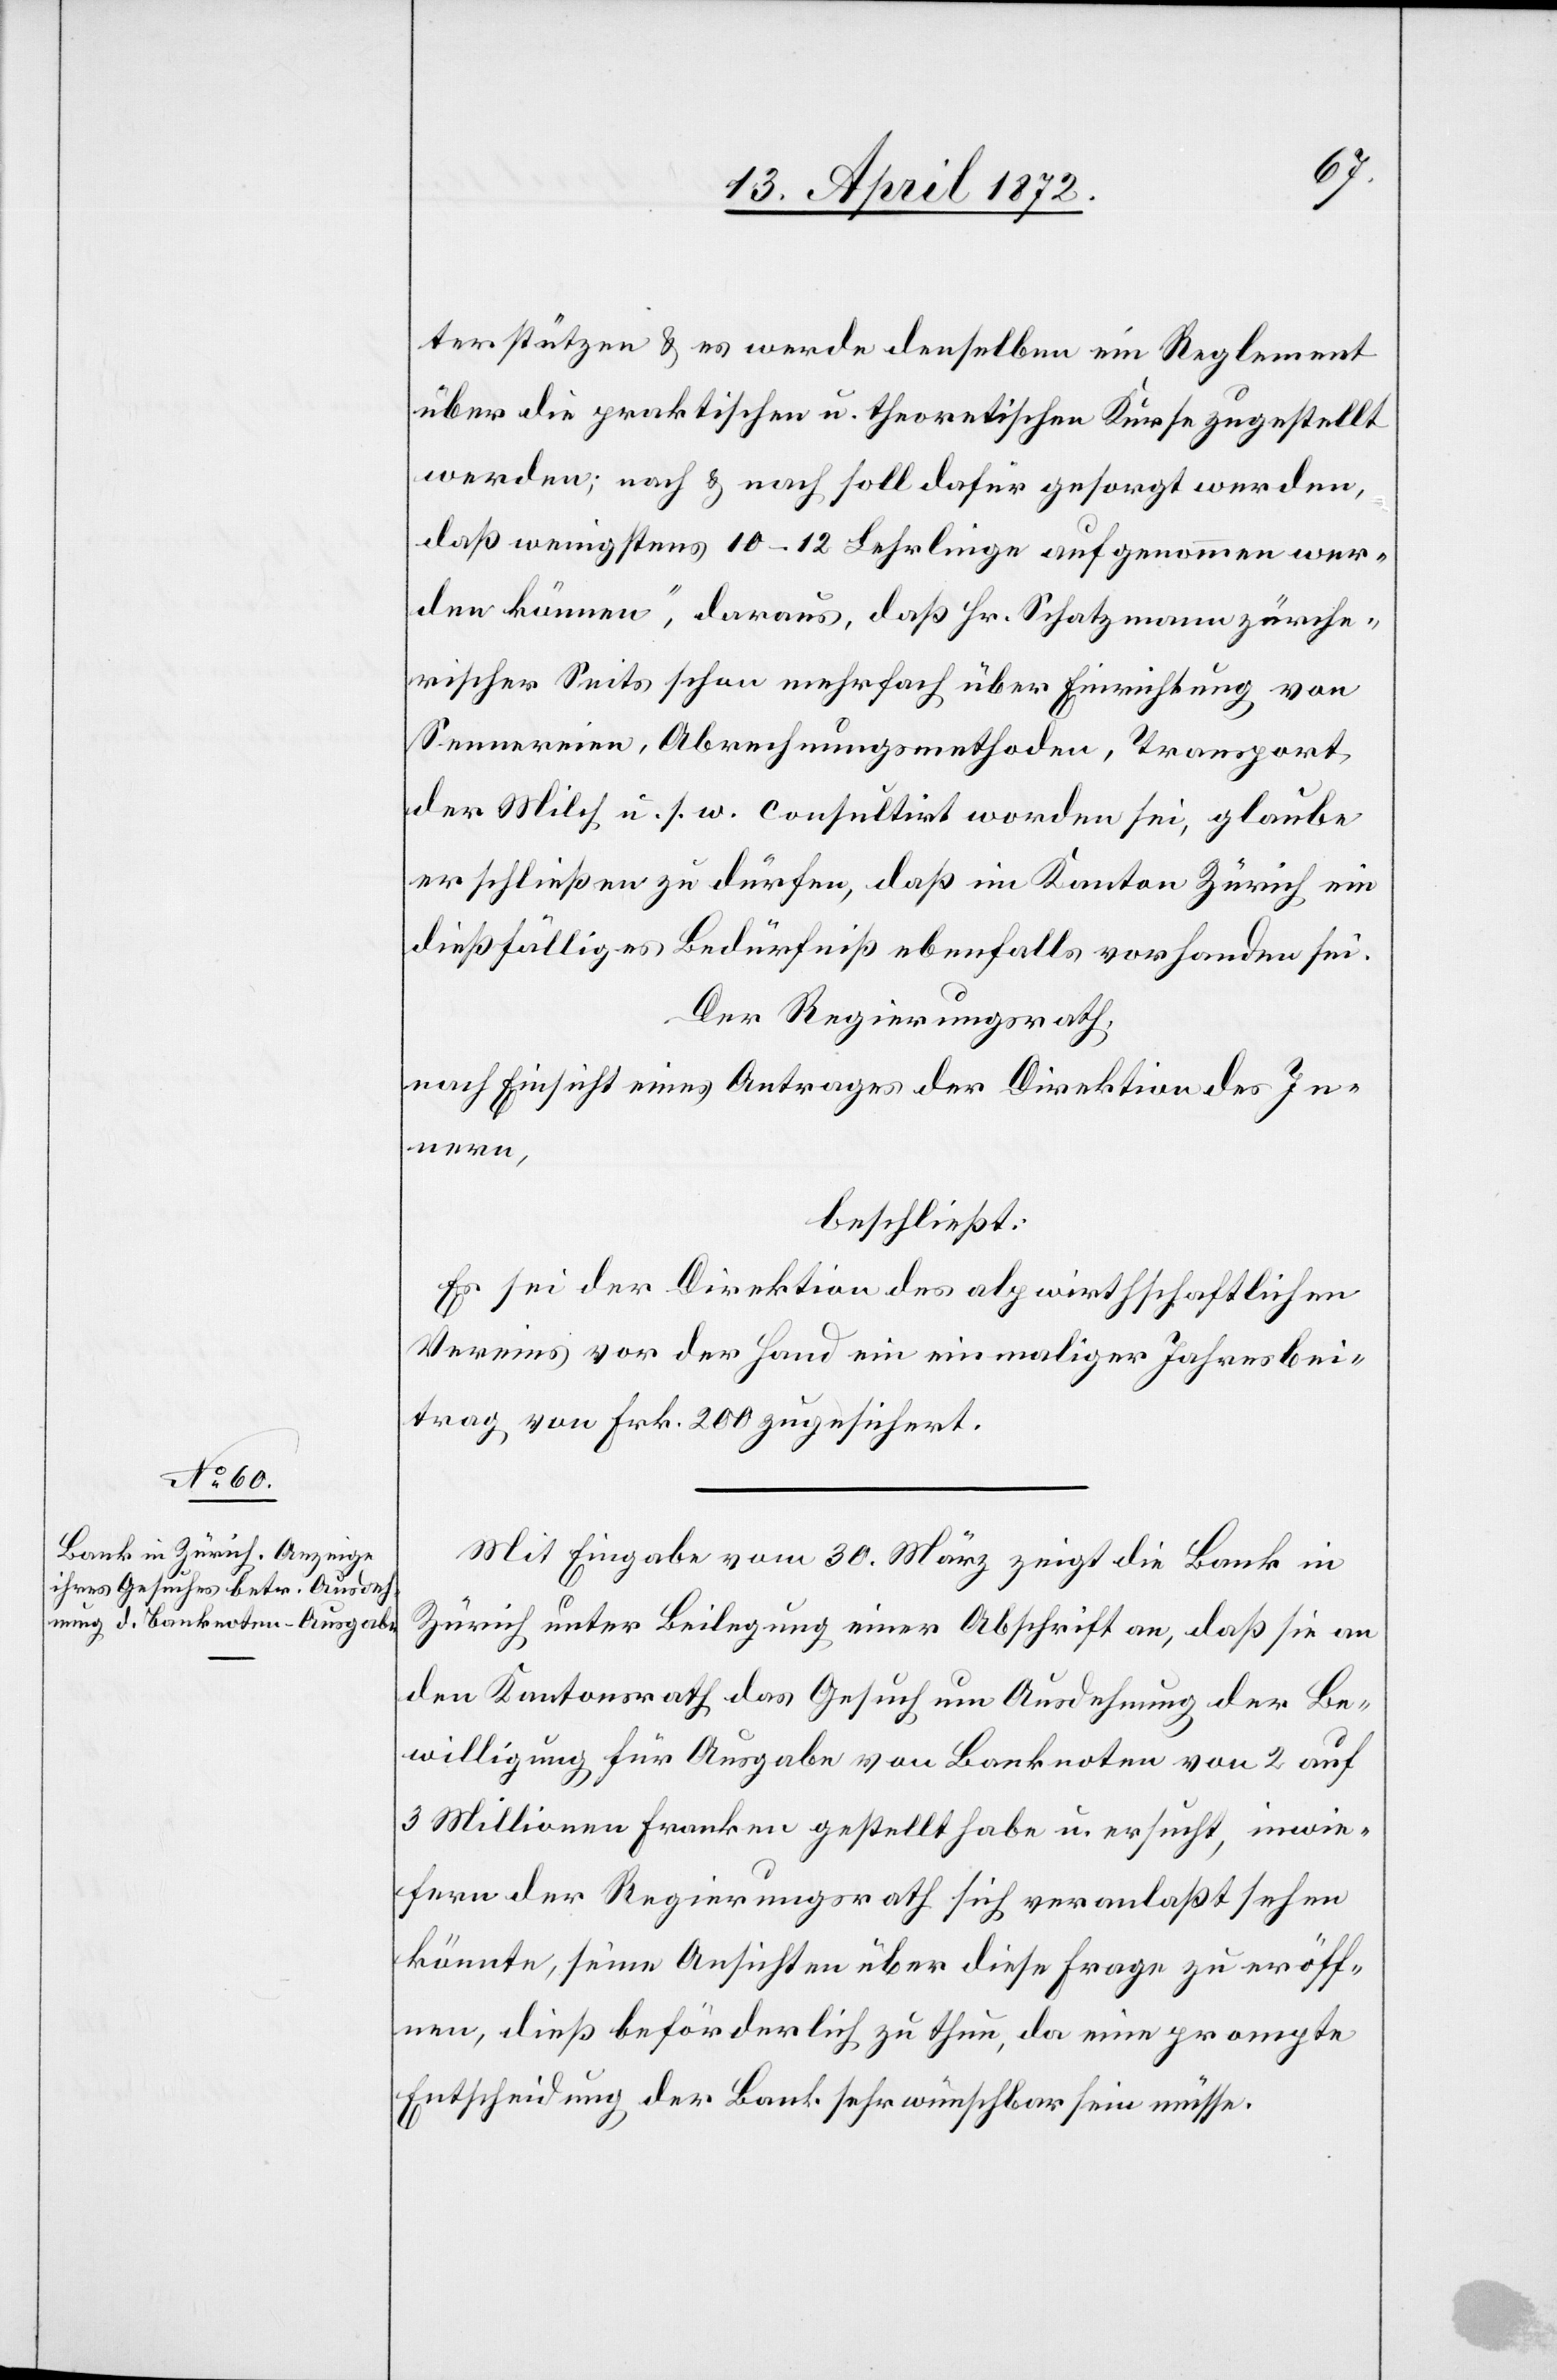
terstützen u. es werde denselben ein Reglement
über die praktischen u. theoretischen Kurse zugestellt
werden; nach u. nach soll dafür gesorgt werden,
daß wenigstens 10–12 Lehrlinge aufgenommen wer¬
den können“, daraus, daß Hr. Schatzmann zürche¬
rischer Seits schon mehrfach über Einrichtung von
Sennereien, Abrechnungsmethoden, Transport
der Milch u. s. w. consultirt worden sei, glaube
er schließen zu dürfen, daß im Kanton Zürich ein
dießfälliges Bedürfniß ebenfalls vorhanden sei.
Der Regierungsrath,
nach Einsicht eines Antrages der Direktion des In¬
nern,
beschließt:
Es sei der Direktion des alpwirthschaftlichen
Vereins vor der Hand ein einmaliger Jahresbei¬
trag von Frk. 200 zugesichert.
Mit Eingabe vom 30. März zeigt die Bank in
Zürich unter Beilegung einer Abschrift an, daß sie an
den Kantonsrath das Gesuch um Ausdehnung der Be¬
willigung für Ausgabe von Banknoten von 2 auf
3 Millionen Franken gestellt habe u. ersucht, inwie¬
fern der Regierungsrath sich veranlaßt sehen
könnte, seine Ansichten über diese Frage zu eröff¬
nen, dieß beförderlich zu thun, da eine prompte
Entscheidung der Bank sehr wünschbar sein müsse.